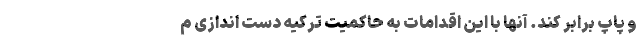
و پاپ برابر کند. آنها با این اقدامات به حاکمیت ترکیه دست اندازی م